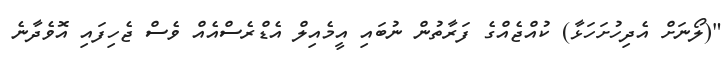
"(ލޯނަށް އެދިހުށަހަޅާ) ކުއްޖެއްގެ ފަރާތުން ނުބައި އީމެއިލް އެޑްރެސްއެއް ވެސް ޖެހިފައި އޮވެދާނެ